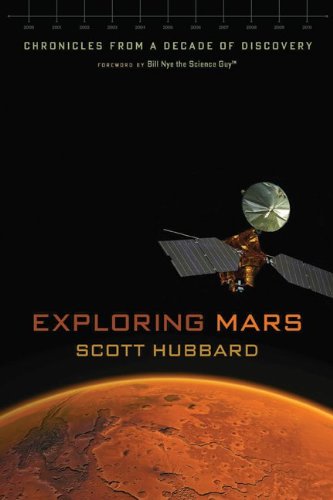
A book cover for Exploring Mars: Chronicles from a Decade of Discovery; Scott Hubbard; Science & Math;